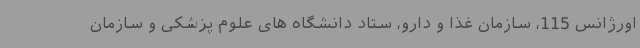
اورژانس 115، سازمان غذا و دارو، ستاد دانشگاه های علوم پزشکی و سازمان